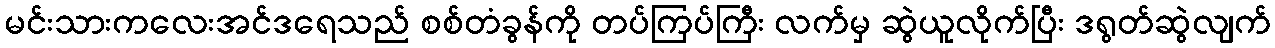
မင်းသားကလေးအင်ဒရေသည် စစ်တံခွန်ကို တပ်ကြပ်ကြီး လက်မှ ဆွဲယူလိုက်ပြီး ဒရွတ်ဆွဲလျက်